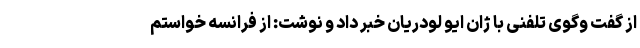
از گفت وگوی تلفنی با ژان ایو لودریان خبر داد و نوشت: از فرانسه خواستم